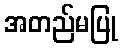
အတည်မပြု